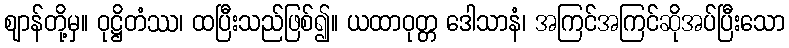
ဈာန်တို့မှ။ ဝုဋ္ဌိတံဿ၊ ထပြီးသည်ဖြစ်၍။ ယထာဝုတ္တ ဒေါသာနံ၊ အကြင်အကြင်ဆိုအပ်ပြီးသော